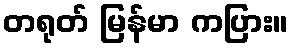
တရုတ် မြန်မာ ကပြား။